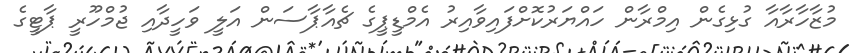
މުޒާހާރާއާ ގުޅިގެން އިމްރާން ހައްޔަރުކޮށްފައިވާއިރު އެމްޑީޕީގެ ޗެއާޕާސަން އަލީ ވަހީދާއި ޖުމްހޫރީ ޕާޓީގެ